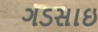
ગડસાઇ